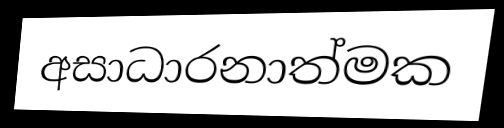
අසාධාරනාත්මක